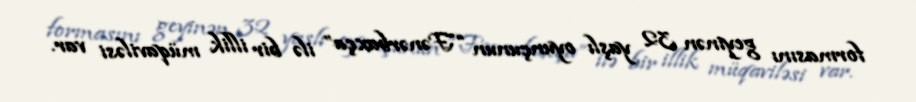
formasını geyinən 32 yaşlı oyunçunun “Fənərbaxça” ilə bir illik müqaviləsi var.